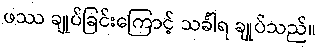
ဖဿ ချုပ်ခြင်းကြောင့် သင်္ခါရ ချုပ်သည်။